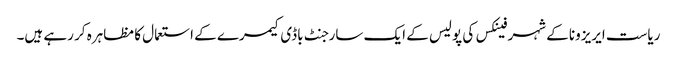
ریاست ایریزونا کے شہر فینکس کی پولیس کے ایک سارجنٹ باڈی کیمرے کے استعمال کا مظاہرہ کر رہے ہیں۔